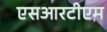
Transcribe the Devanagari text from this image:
एसआरटीएम